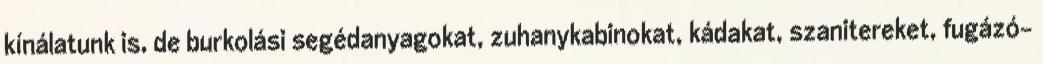
kínálatunk is, de burkolási segédanyagokat, zuhanykabinokat, kádakat, szanitereket, fugázó-